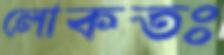
লোকতঃ